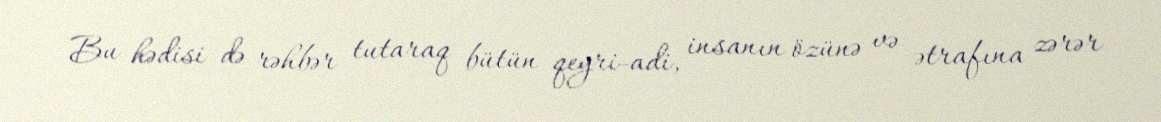
Bu hədisi də rəhbər tutaraq bütün qeyri-adi, insanın özünə və ətrafına zərər